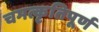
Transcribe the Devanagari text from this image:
चमत्कृतिपूर्ण